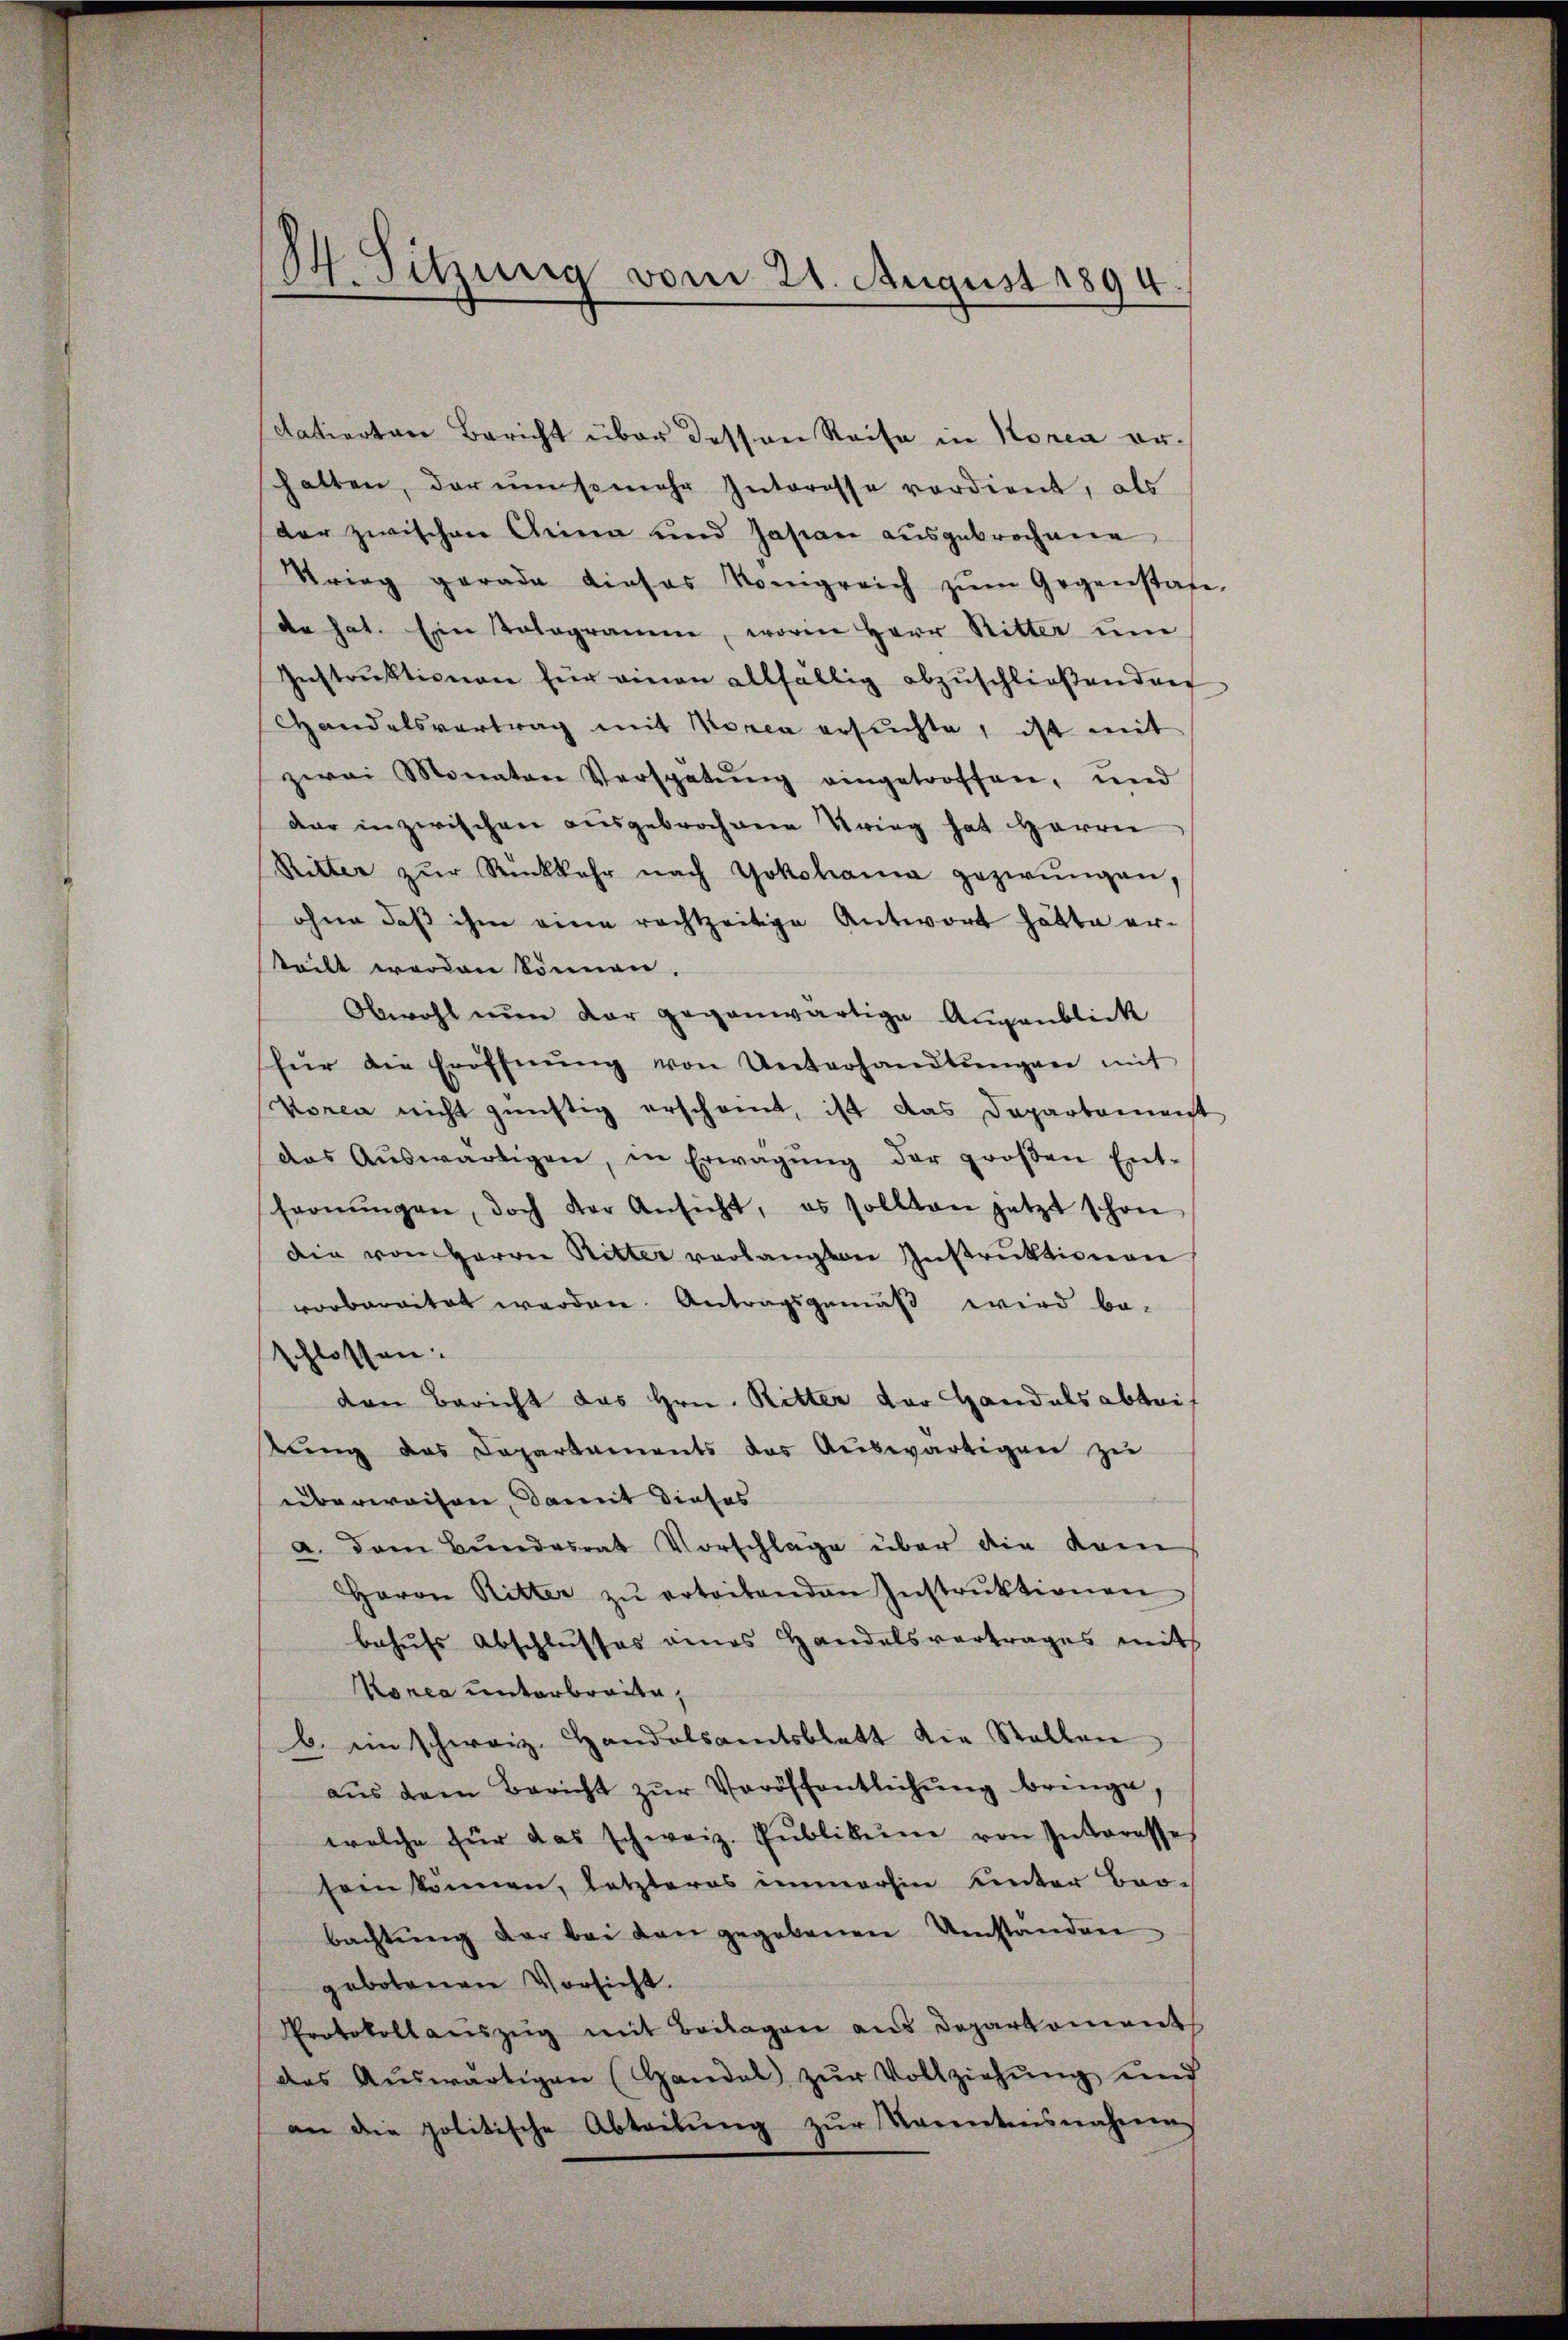
datierten Bericht über dessen Reise in Konia erhatten, der um somehr Interesse verdient, als
der zwischen Grina und Japan ausgebrochene
Krieg gerade dieses Königreich zŭm Gegenstafe
da hat. Ein Tologramm, worin Herr Ritter ŭm
Instrŭktionen für einen allfällig abzuschließenden
Handelsvertrag mit Korea ersuchte, ist mit
zwei Monaten Verspatŭng eingetroffen, und
dar inzwischen ausgebrochen Krieg hat Herrn
Ritter zŭr Rückkehr nach Yokohama gezwungen,
ohne daβ ihm eine rechtzeitige Antwort hätte er-
teilt worden können.
Obwohl nun dar gegenwärtige Augenblick
für die Eröffnŭng von Unterhandlŭngen mit
Vorca nicht günstig erscheint, ist das Departement
das Aŭswärtigen, in Erwägŭng der groβen Ent-
fernŭngen, doch der Ansicht, es sollten jetzt schon
Die von Herrn Ritter verlangten Instruktionen
verbarität werden. Antragsgemäß wird be-
schlossen:
den Bericht das Hrn. Ritter der Handels abtritŭng das Capartaments das Aŭswärtigen zŭ
überwaisen, damit dieses
a. Dem Bundesrat Vorschläge über die kam
Herrn Ritter zŭ erteitenden Instrŭktionen
behufs Abschlusses eines Handelsvertrages mit
Konia unterbreite,
b. ein schweiz. Handelsamtsblatt die Stellen
aŭs dem Bericht zŭr Veröffentlichŭng bringe,
welche für das schweiz. Pŭblikum von Interesses
sein können, letzteres immerhin unter Beo-
bachtŭng der bei den gegebenen Umständen
gebotenen Vorsicht.
Protokollauszug mit Beilagen aus Deparkoment
des Aŭswärtigen (Handel zŭr Vollziehŭng und
an die politische Abteilŭng zŭr Kenntnisnahmen

34. Sitzung vom 21. August 1894.